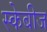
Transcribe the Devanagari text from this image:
स्केबीज